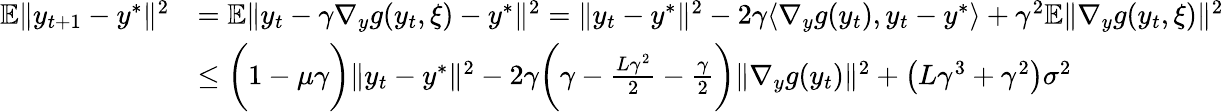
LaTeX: \begin{array}{rl}{\mathbb{E}\| y_{t+1}-y^{*}\| ^{2}}&{=\mathbb{E}\| y_{t}-\gamma\nabla_{y}g(y_{t},\xi)-y^{*}\| ^{2}=\| y_{t}-y^{*}\| ^{2}-2\gamma\langle\nabla_{y}g(y_{t}),y_{t}-y^{*}\rangle+\gamma^{2}\mathbb{E}\| \nabla_{y}g(y_{t},\xi)\| ^{2}}\\ &{\leq\bigg(1-\mu\gamma\bigg)\| y_{t}-y^{*}\| ^{2}-2\gamma\bigg(\gamma-\frac{L\gamma^{2}}{2}-\frac{\gamma}{2}\bigg)\| \nabla_{y}g(y_{t})\| ^{2}+\left(L\gamma^{3}+\gamma^{2}\right)\sigma^{2}}\end{array}